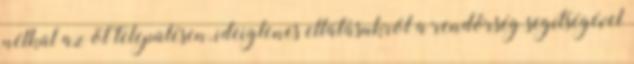
nélkül az öt településen, ideiglenes ellátásukról a rendőrség segítségével